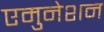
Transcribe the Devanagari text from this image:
एमुनेशन